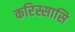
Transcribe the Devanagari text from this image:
करिस्सासि